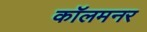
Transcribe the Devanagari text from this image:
कॉलमनर